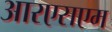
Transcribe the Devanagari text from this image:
आरएसएम